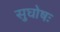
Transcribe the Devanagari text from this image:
सुघोषः